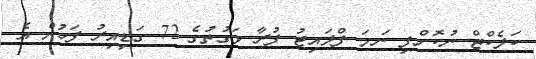
ކަލެކްޓް ނުކޮށްފި ނަމަ ފްލައިޓު ފުރާ ވަގުތުގެ 72 ގަޑިއިރު ފަހުން އެ